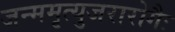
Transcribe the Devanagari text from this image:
जन्ममृत्युजरारोगैः